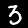
Digit: 3